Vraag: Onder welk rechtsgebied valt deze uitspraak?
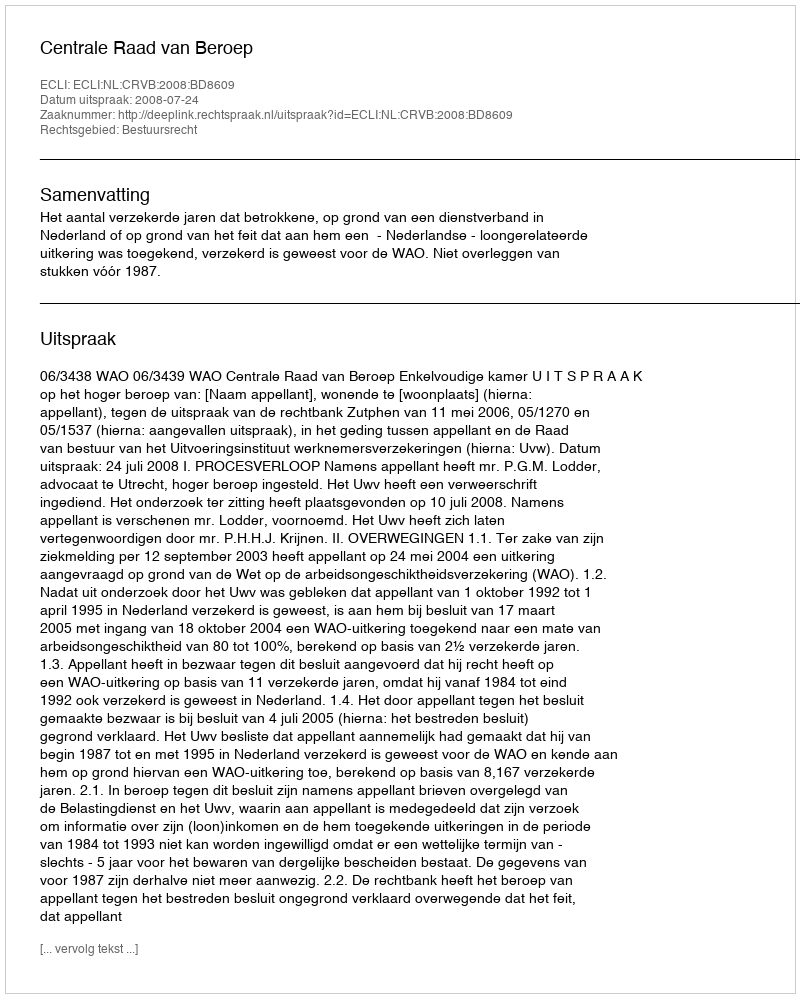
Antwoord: Bestuursrecht